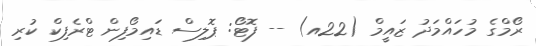
ރޯމްގެ މުހައްމަދު ޒައީމް (22އ) -- ފޮޓޯ: ޕޮލިސް ޑައިމޯފިން ޓްރެފިކް ކުރި